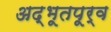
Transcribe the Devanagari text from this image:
अद्भूतपूर्व